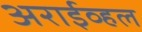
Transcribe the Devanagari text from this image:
अराईव्हल